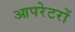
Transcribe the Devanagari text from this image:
आपरेटरों